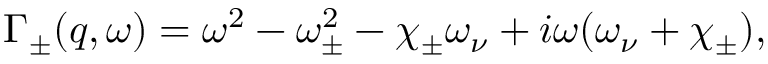
\Gamma _ { \pm } ( q , \omega ) = \omega ^ { 2 } - \omega _ { \pm } ^ { 2 } - \chi _ { \pm } \omega _ { \nu } + i \omega ( \omega _ { \nu } + \chi _ { \pm } ) ,